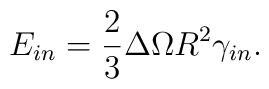
E_{in}=\frac{2}{3}\Delta\Omega R^2 \gamma_{in}.